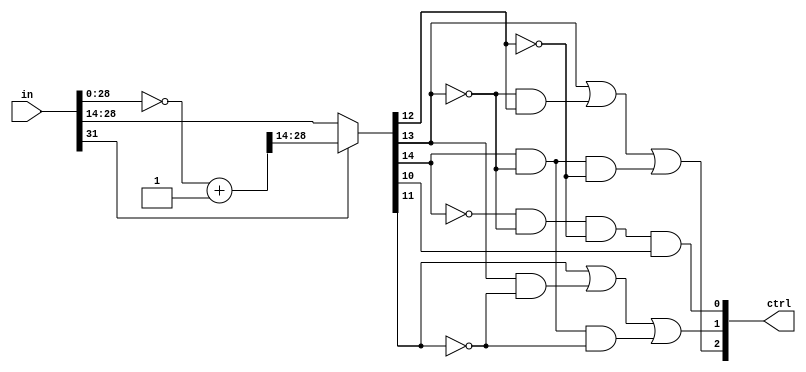
module segmentation(in, ctrl);

parameter DWIDTH = 32;

input [DWIDTH-1:0] in;
output [2:0] ctrl;

wire [15:0] t;
wire [DWIDTH-1:0] temp;

assign temp = (~in+1);

assign t = in[DWIDTH-1] ? temp[29:14] : in[29:14] ;

assign ctrl[2] = t[13] || (~t[13]&&t[12]) || (t[14]&&~t[13]&&~t[12]);
assign ctrl[1] = t[11] || (t[13]&&~t[11]) || (t[14]&&~t[13]&&~t[11]);
assign ctrl[0] = (~t[14]&&~t[13]&&~t[12]&&t[10]);

endmodule